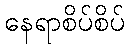
နေရာစိပ်စိပ်